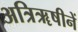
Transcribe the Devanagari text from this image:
अत्रिॠषीनें